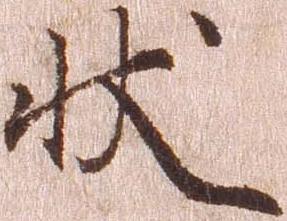
状